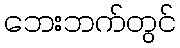
ဘေးဘက်တွင်